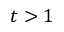
t > 1